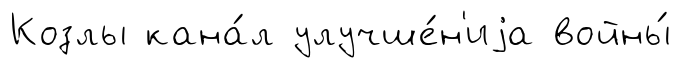
Козлы кана́л улучше́н'иjа войны́